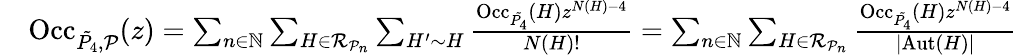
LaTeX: \begin{array}{rl}&{\mathrm{Occ}_{\tilde{P_{4}},\mathcal{P}}(z)=\sum_{n\in\mathbb{N}}\sum_{H\in\mathcal{R}_{\mathcal{P}_{n}}}\sum_{H^{\prime}\sim H}\frac{\mathrm{Occ}_{\tilde{P_{4}}}(H)z^{N(H)-4}}{N(H)!}=\sum_{n\in\mathbb{N}}\sum_{H\in\mathcal{R}_{\mathcal{P}_{n}}}\frac{\mathrm{Occ}_{\tilde{P_{4}}}(H)z^{N(H)-4}}{|\mathrm{Aut}(H)|}}\end{array}